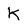
Character: K